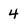
Character: 4